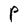
Character: P